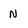
Character: N